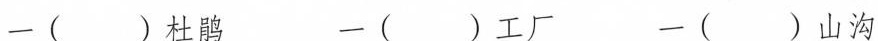
一( )杜鹃 一( )工厂 一( )山沟